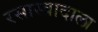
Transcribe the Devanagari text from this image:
रसास्वादाला